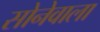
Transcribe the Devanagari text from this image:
सोनेवाला